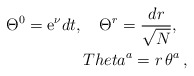
\begin{align*}\Theta^0={\rm e}^{\nu}dt,\ \ \ \Theta^r=\frac{dr}{\sqrt{N}},\ \ \\Theta^a=r\,\theta^a\, ,\end{align*}